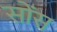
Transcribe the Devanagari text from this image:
सोंस